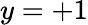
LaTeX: y=+1